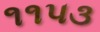
૧૧પ૩